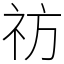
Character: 祊